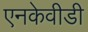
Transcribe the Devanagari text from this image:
एनकेवीडी